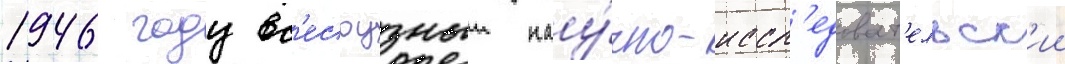
1946 году вс'есоузныи нау́чно-иссл'едоват'ельск'ии